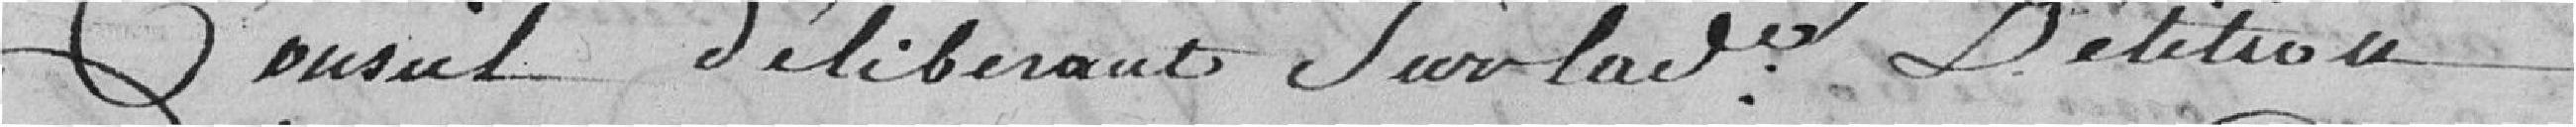
Conseil délibérant sur ladite pétition